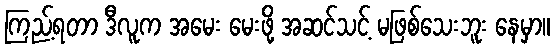
ကြည့်ရတာ ဒီလူက အမေး မေးဖို့ အဆင်သင့် မဖြစ်သေးဘူး နေမှာ။